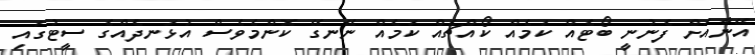
އޭނާއަށް ފެނުނީ ބޯޓެއް ކަމެއް ކޯއްޗެއް ކަމެއް ނޭނގޭ ކޮންމެވެސް އުޅަނދެއްގެ ސީޓުގައި